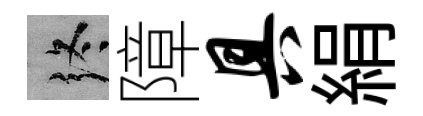
终障具絹